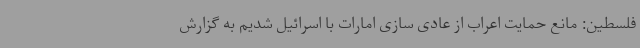
فلسطین: مانع حمایت اعراب از عادی سازی امارات با اسرائیل شدیم به گزارش